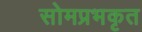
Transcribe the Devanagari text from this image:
सोमप्रभकृत